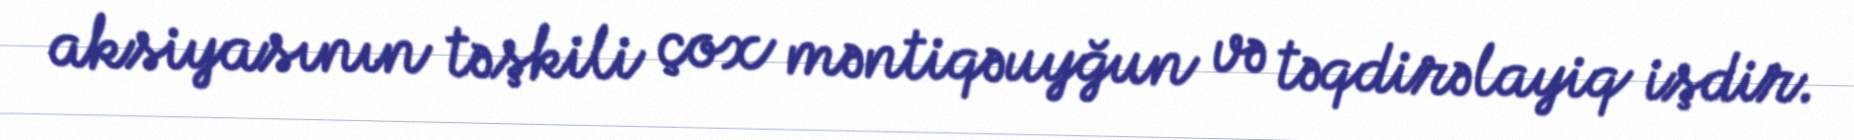
aksiyasının təşkili çox məntiqəuyğun və təqdirəlayiq işdir.